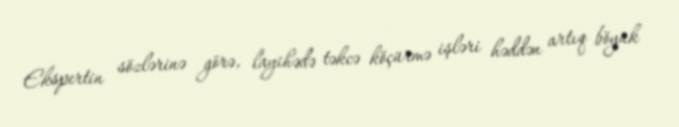
Ekspertin sözlərinə görə, layihədə təkcə köçürmə işləri həddən artıq böyük